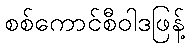
စစ်ကောင်စီဝါဒဖြန့်